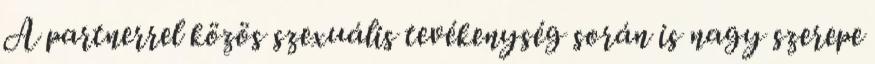
A partnerrel közös szexuális tevékenység során is nagy szerepe